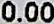
0.00